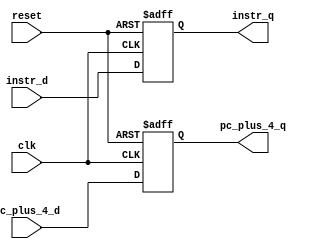
module reg_wall_if(
        input clk,
        input reset,
        input [31:0] instr_d,
        input [31:0] pc_plus_4_d,
        output reg [31:0] instr_q,
        output reg [31:0] pc_plus_4_q
);

    always @ (posedge clk, posedge reset) begin
        if (reset) begin
            instr_q <= 0;
            pc_plus_4_q <= 0;
        end else begin
            instr_q <= instr_d;
            pc_plus_4_q <= pc_plus_4_d;
        end
    end

endmodule